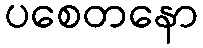
ပစေတနော